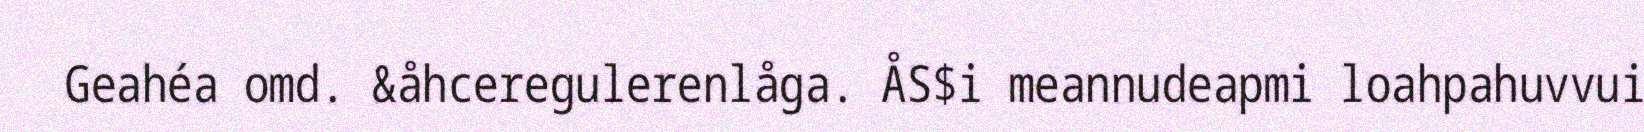
Geahéa omd. &åhceregulerenlåga. ÅS$i meannudeapmi loahpahuvvui